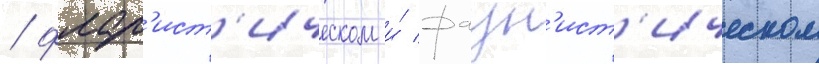
/ флор'ист'ическом и́ фаун'ист'ическом